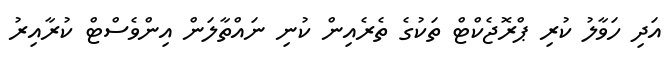
އަދި ހަވާލު ކުރި ޕްރޮޖެކްޓް ތަކުގެ ތެރެއިން ކުނި ނައްތާލަން އިންވެސްޓް ކުރާއިރު